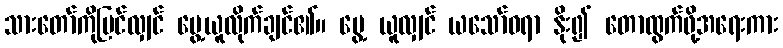
သားတော်ကိုမြင်လျှင် ပွေ့ယူလိုက်ချင်၏။ ပွေ့ ယူလျှင် ယသော်ဓရာ နိုး၍ တောထွက်ဖို့အရေးကား